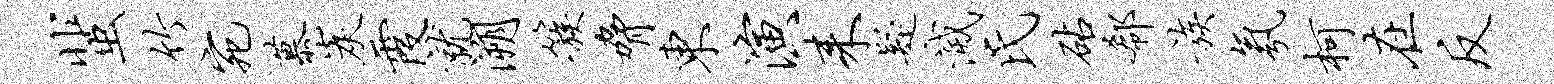
蜚竹宛慕炭霞就溯簇胁东演耒疑灭氏砧欷族氛柯在反